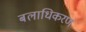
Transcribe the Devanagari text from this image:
बलाधिकरण